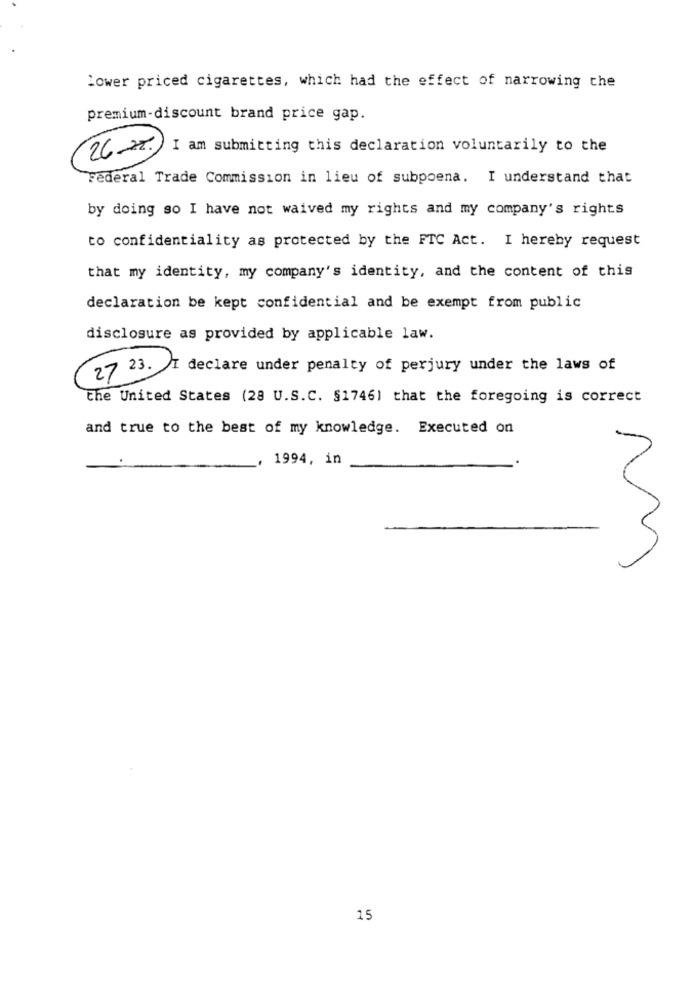
Lower priced cigarettes, which had the effect of narrowing che
premium-discount brand price gap.
26.2%. I am submitting this declaration voluntarily to the
Federal Trade Commission in lieu of subpoena. I understand that
by doing so I have not waived my rights and my company's rights
to confidentiality as protected by the FTC Act. I hereby request
that my identity, my company's identity, and the content of this
declaration be kept confidential and be exempt from public
disclosure as provided by applicable law.
27 23. I declare under penalty of perjury under the laws of
the United States (28 U.S.C. §1746) that the foregoing is correct
and true to the best of my knowledge. Executed on
1994, in
M
15